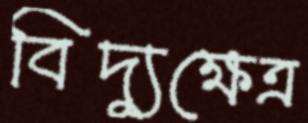
বিদ্যুক্ষেত্র